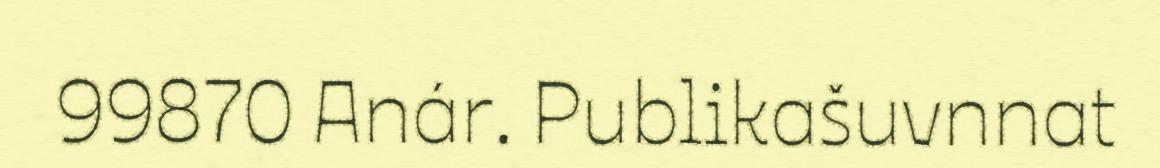
99870 Anár. Publikašuvnnat